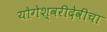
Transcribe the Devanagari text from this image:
योगेश्वरीदेवीचा